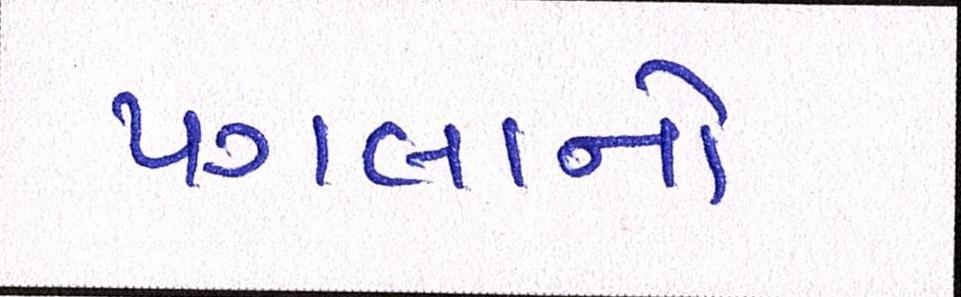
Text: પગલાનો